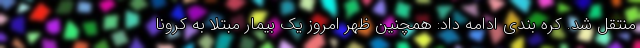
منتقل شد. کره بندی ادامه داد: همچنین ظهر امروز یک بیمار مبتلا به کرونا